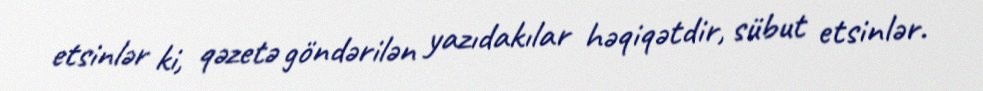
etsinlər ki, qəzetə göndərilən yazıdakılar həqiqətdir, sübut etsinlər.